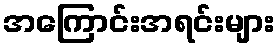
အကြောင်းအရင်းများ